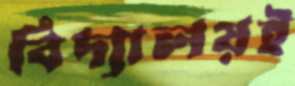
বিদ্যালয়ই